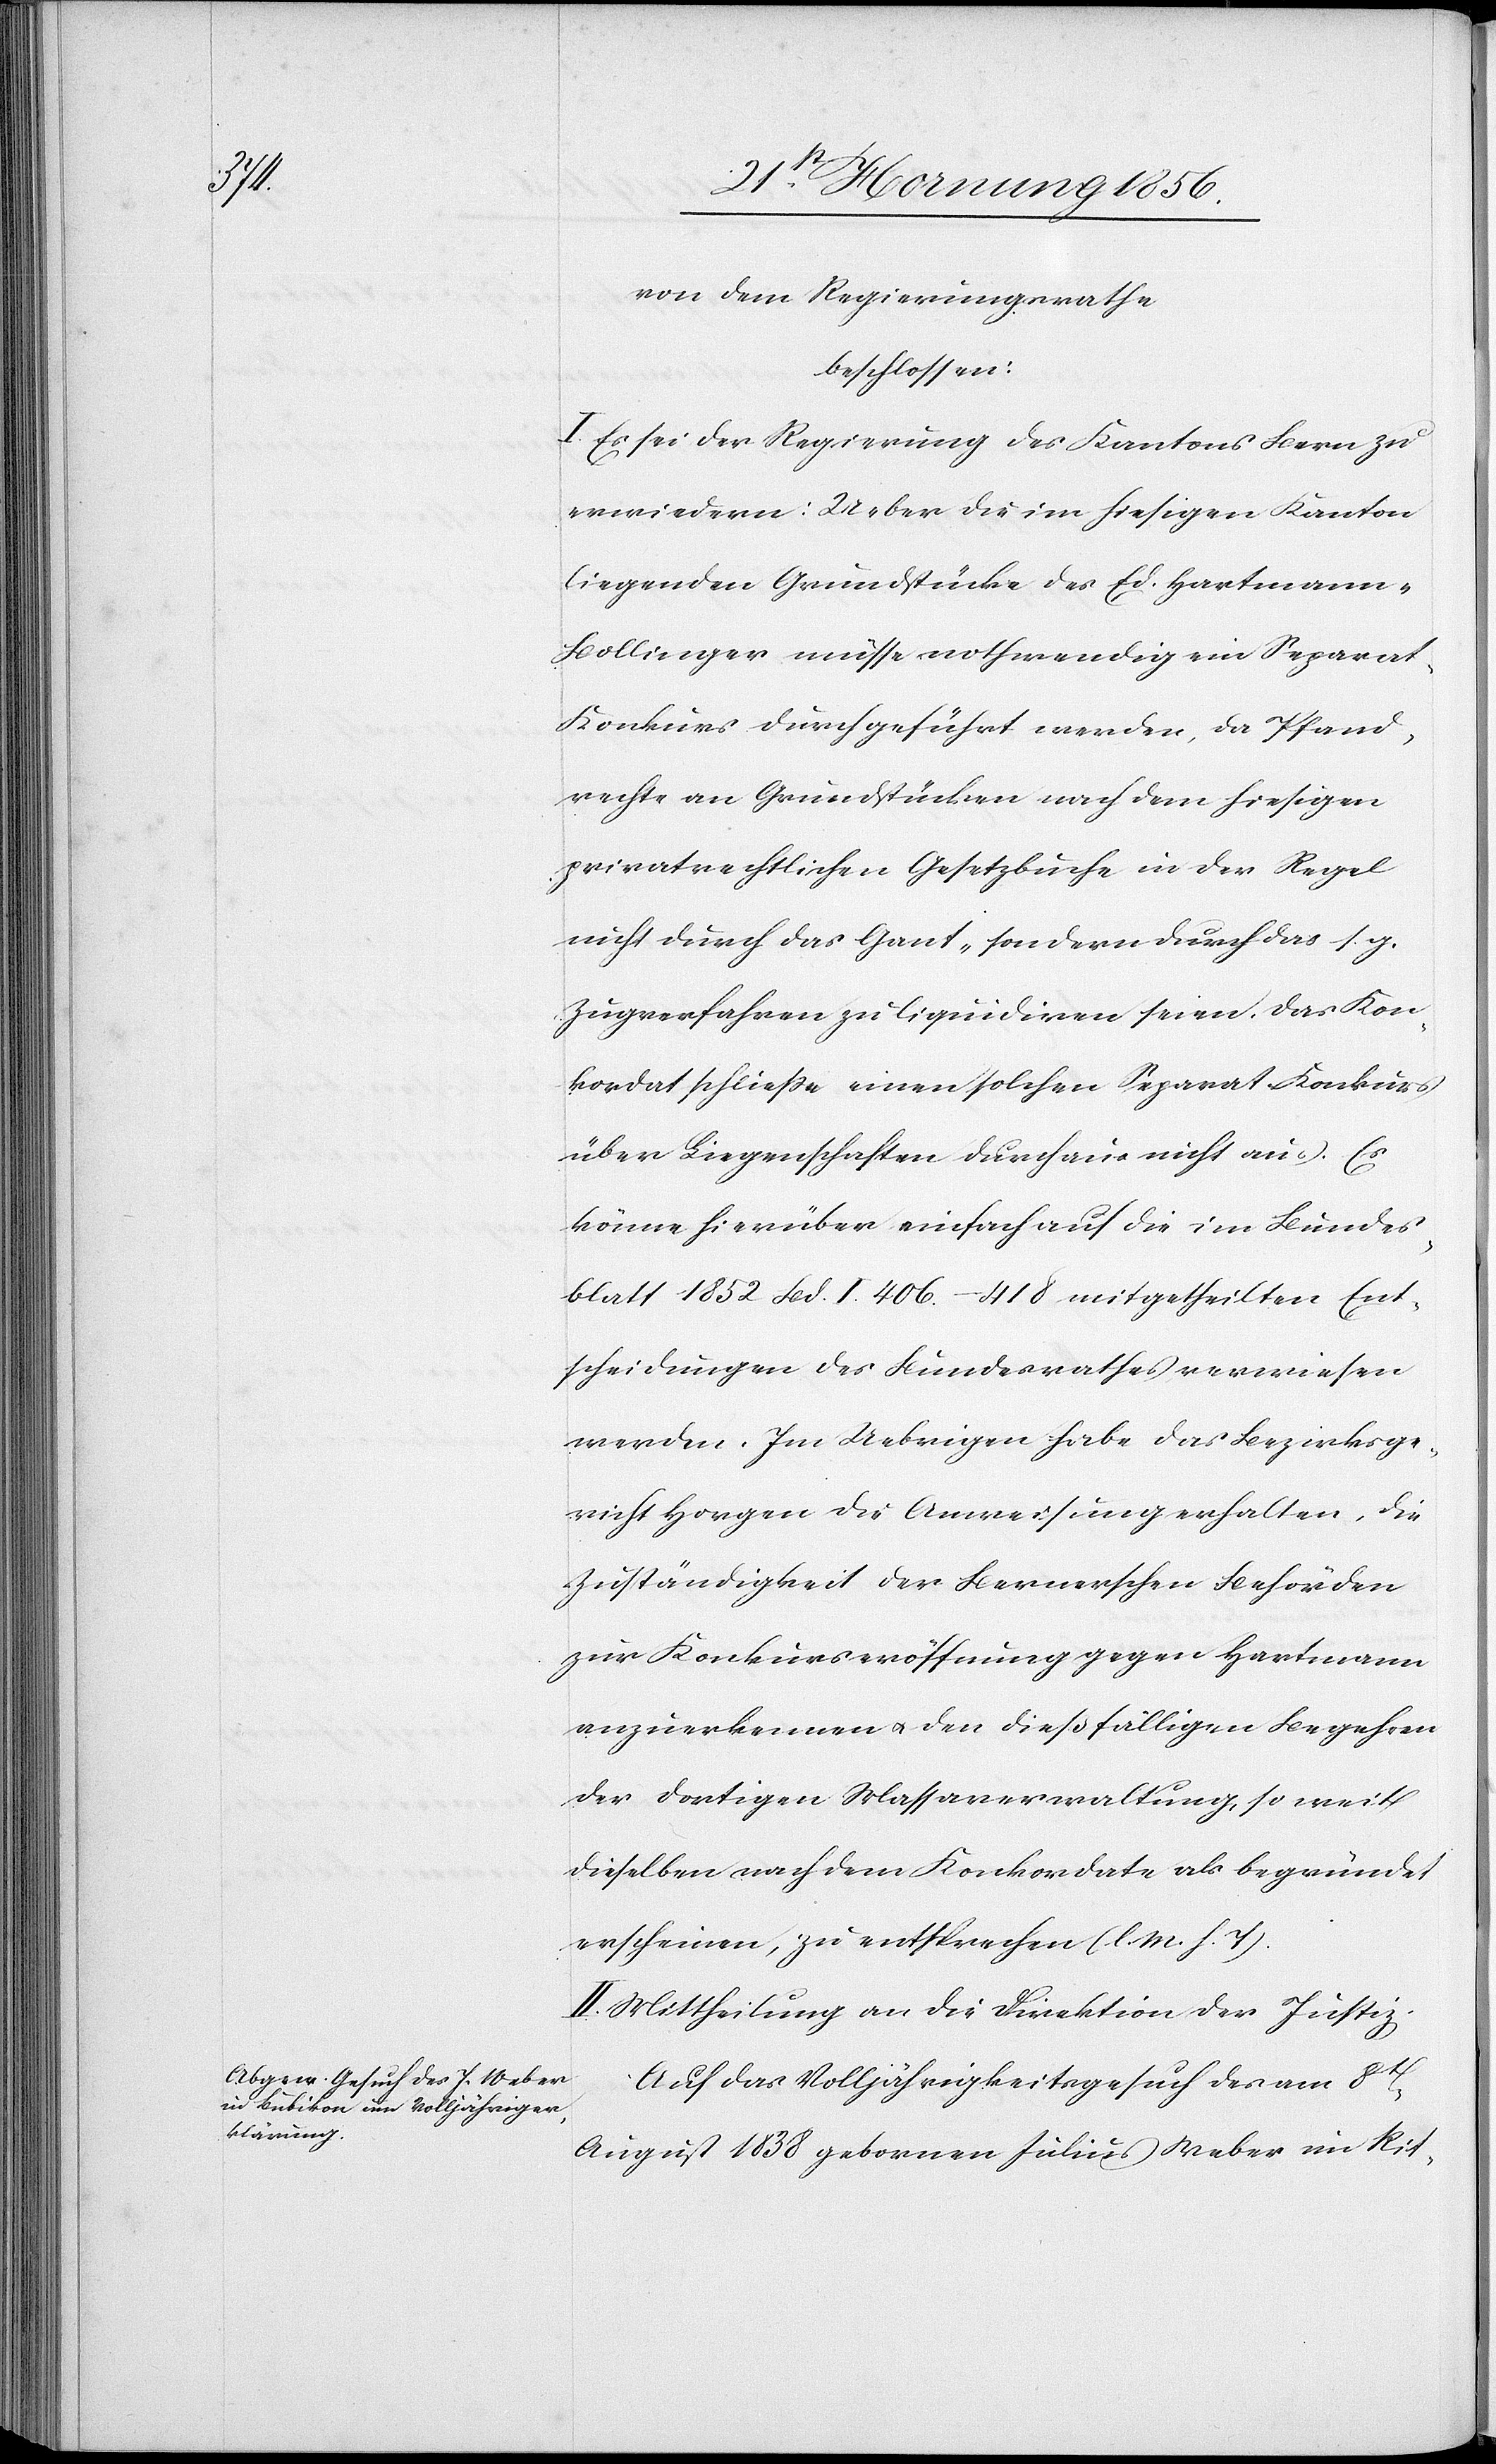
von dem Regierungsrathe
beschlossen:
I. Es sei der Regierung des Kantons Bern zu
erwiedern: Ueber die im hiesigen Kanton
liegenden Grundstücke des Ed. Hartmann-B¬
ollinger müsse nothwendig ein Separa¬
t-Konkurs durchgeführt werden, da Pfand¬
rechte an Grundstücken nach dem hiesigen
privatrechtlichen Gesetzbuche in der Regel
nicht durch das Gant- sondern durch das s. g.
Zugverfahren zu liquidiren seien, das Kon¬
kordat schließe einen solchen Separat-Konkurs
über Liegenschaften durchaus nicht aus. Es
könne hierüber einfach auf die im Bundes¬
blatt 1852 Bd. I. 406.–418 mitgetheilten Ent¬
scheidungen des Bundesrathes verwiesen
werden. Im Uebrigen habe das Bezirksge¬
richt Horgen die Anweisung erhalten, die
Zuständigkeit der Bernerschen Behörden
zur Konkurseröffnung gegen Hartmann
anzuerkennen u. den dießfälligen Begehren
der dortigen Massaverwaltung, so weit
dieselben nach dem Konkordate als begründet
erscheinen, zu entsprechen (l. M. h. T).
II. Mittheilung an die Direktion der Justiz.
Auf das Volljährigkeitsgesuch des am 8t
August 1838 gebornen Julius Weber im Rit-